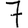
Digit: 7